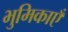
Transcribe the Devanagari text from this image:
भुमिकाएँ